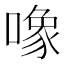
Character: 𱔠